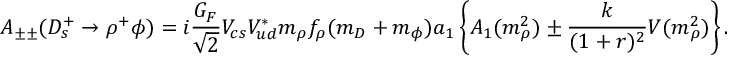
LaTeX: A _ { \pm \pm } ( D _ { s } ^ { + } \rightarrow \rho ^ { + } \phi ) = i { \frac { { G } _ { F } } { \sqrt { 2 } } } V _ { c s } V _ { u d } ^ { * } m _ { \rho } f _ { \rho } ( m _ { D } + m _ { \phi } ) a _ { 1 } \left\{ A _ { 1 } ( m _ { \rho } ^ { 2 } ) \pm { \frac { k } { ( 1 + r ) ^ { 2 } } } V ( m _ { \rho } ^ { 2 } ) \right\} .